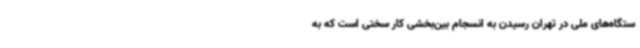
ستگاه‌های ملی در تهران رسیدن به انسجام بین‌بخشی کار سختی است که به